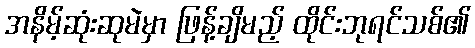
အနိမ့်ဆုံးဆုမဲမှာ ဖြန့်ချိမည့် ထိုင်းဘုရင်သစ်၏